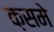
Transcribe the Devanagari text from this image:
क़समे